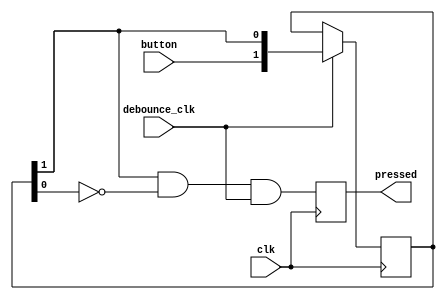
`timescale 1ns / 1ps
//////////////////////////////////////////////////////////////////////////////////
// Company: 
// Engineer: 
// 
// Design Name: 
// Module Name:    button 
// Project Name: 
// Target Devices: 
// Tool versions: 
// Description: 
//
// Dependencies: 
//
// Revision: 
// Revision 0.01 - File Created
// Additional Comments: 
//
//////////////////////////////////////////////////////////////////////////////////
module button(
    input clk,
    input debounce_clk,
    input button,
    output reg pressed = 0
    );
	 
	reg [1:0] step = 2'b0;
	always @(posedge clk) begin
		if (debounce_clk) begin
			step <= {button, step[1]};
		end
		pressed <= step[1] & ~step[0] & debounce_clk;
	end


endmodule